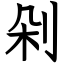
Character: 剁